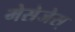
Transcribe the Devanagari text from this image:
मेसेजेस्